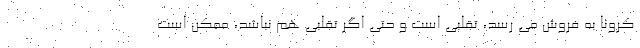
کرونا به فروش می رسد، تقلبی است و حتی اگر تقلبی هم نباشد، ممکن است